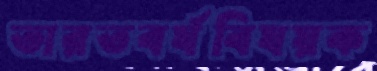
ভারতবর্ষবিষয়ক